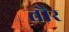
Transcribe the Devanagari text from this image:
तौर